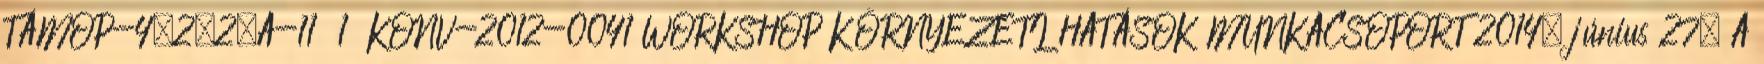
TÁMOP-4.2.2.A-11 1 KONV-2012-0041 WORKSHOP KÖRNYEZETI HATÁSOK MUNKACSOPORT 2014. június 27. A